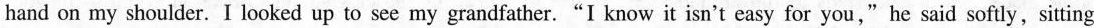
hand on my shoulder. I looked up to see my grandfather."I know it isn't easy for you," he said softly,sitting